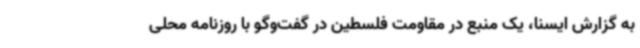
به گزارش ایسنا، یک منبع در مقاومت فلسطین در گفت‌وگو با روزنامه محلی